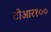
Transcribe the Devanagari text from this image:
टीआर१००